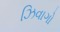
ઝિવાગો